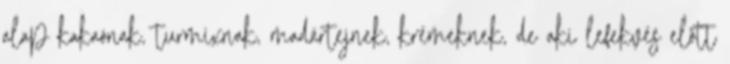
alap kakaónak, turmixnak, madártejnek, krémeknek, de aki lefekvés előtt